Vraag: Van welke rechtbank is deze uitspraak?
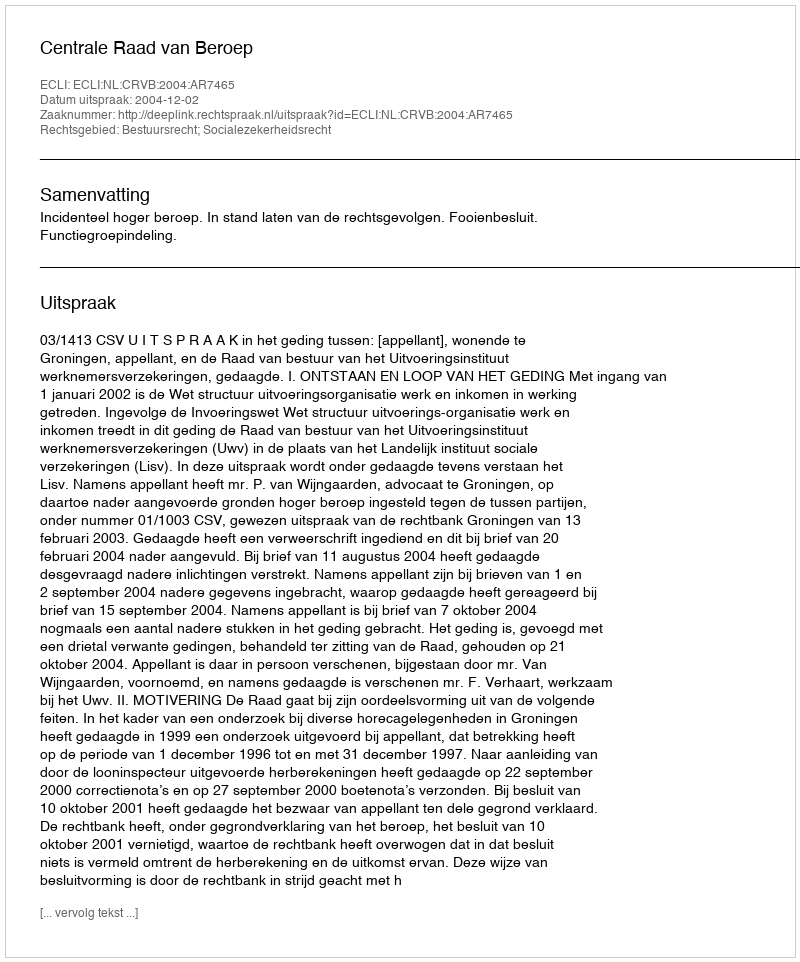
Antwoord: Centrale Raad van Beroep